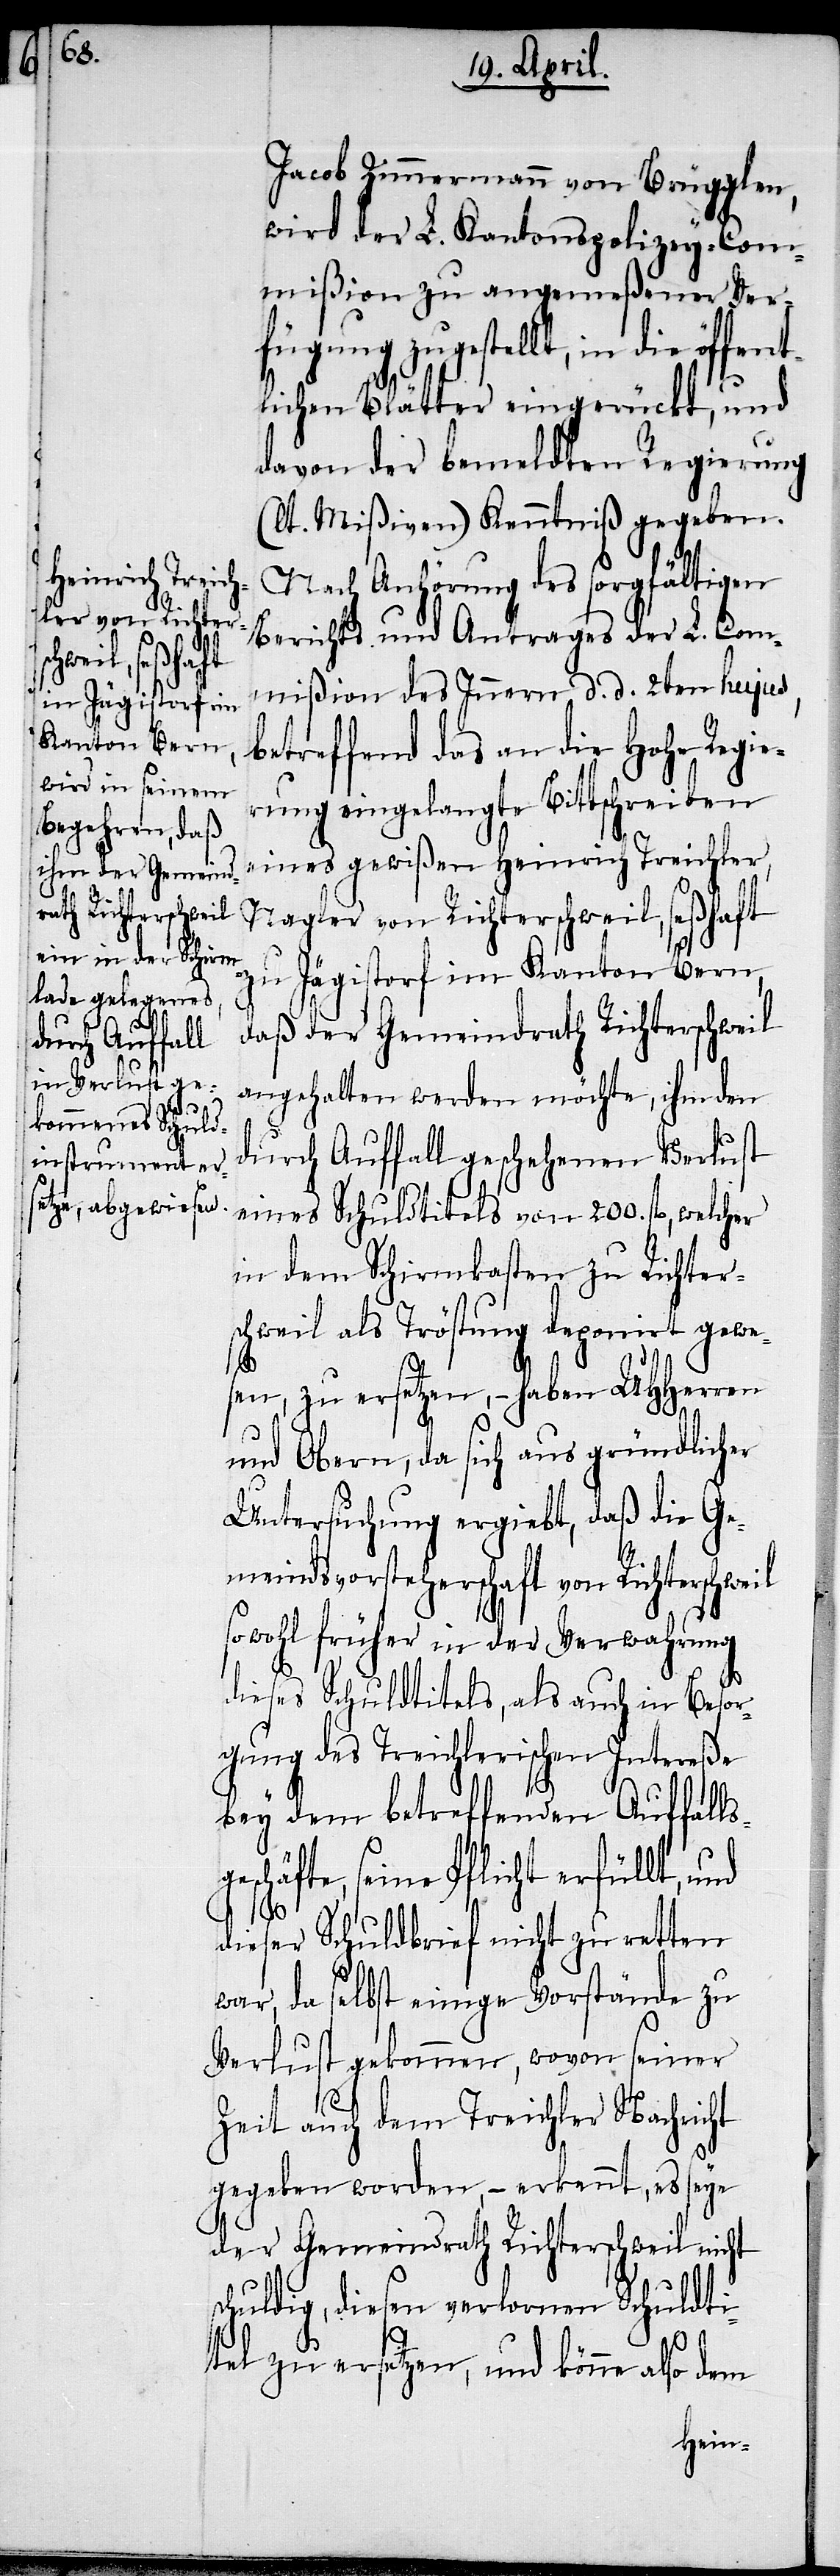
Jacob Zimmermann von Brügglen,
wird der L. Kantonspolizey-Com¬
mißion zu angemeßener Ver¬
fügung zugestellt, in die öffent¬
lichen Blätter eingerückt, und
davon der bemeldten Regierung
(lt. Mißiven) Kenntniß gegeben.
Nach Anhörung des sorgfältigen
Berichtes und Antrages der L. Com¬
mißion des Innern d. d. 2ten hujus,
betreffend das an die Hohe Regie¬
rung eingelangte Bittschreiben
eines gewißen Heinrich Treichler,
Nagler von Richterschweil, seßhaft
zu Jägistorf im Kanton Bern,
daß der Gemeindrath Richterschweil
angehalten werden möchte, ihm den
durch Auffall geschehenen Verlust
eines Schuldtitels von 200. fl., welcher
in dem Schirmkasten zu Richter¬
schweil als Tröstung deponirt gewe¬
sen, zu ersetzen, – haben UHHerren
und Obern, da sich aus gründlicher
Untersuchung ergiebt, daß die Ge¬
meindsvorsteherschaft von Richterschweil
sowohl früher in der Verwahrung
dieses Schuldtitels, als auch in Besor¬
gung des Treichlerischen Intereße
bey dem betreffenden Auffalls¬
geschäfte, seine Pflicht erfüllt, und
dieser Schuldbrief nicht zu retten
war, da selbst einige Vorstände zu
Verlust gekommen, wovon seiner
Zeit auch dem Treichler Nachricht
gegeben worden, – erkennt, es seye
der Gemeindrath Richterschweil nicht
schuldig, diesen verlornen Schuldti¬
tel zu ersetzen, und könne also dem